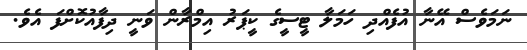
ނަމަވެސް އޭނާ އުފެއްދި ހަމަލާ ޓީސީގެ ކީޕަރު އިމްރާން ވަނީ ދިފާއުކޮށްފަ އެވެ.